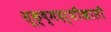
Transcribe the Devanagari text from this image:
सूक्ष्मदर्शीखाली